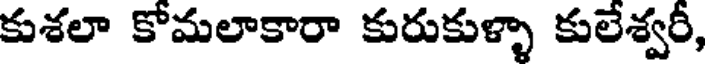
కుశలా కోమలాకారా కురుకుళ్ళా కులేశ్వరీ,